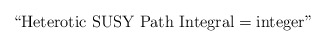
\begin{align*}\hbox{``Heterotic SUSY Path Integral}=\hbox{integer"}\end{align*}